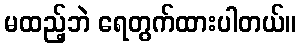
မထည့်ဘဲ ရေတွက်ထားပါတယ်။